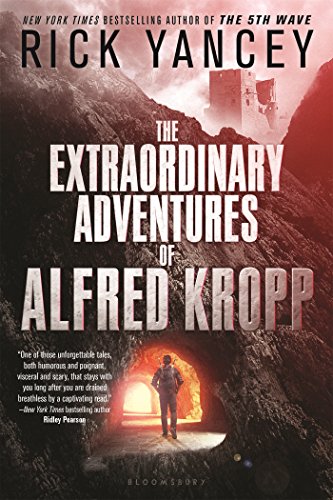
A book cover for The Extraordinary Adventures of Alfred Kropp; Rick Yancey; Children's Books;